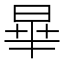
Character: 𪰞